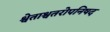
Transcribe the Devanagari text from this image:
श्वेताश्वतरोपनिषद